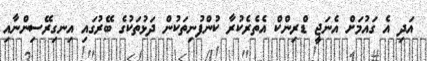
އަދި އެ ގައުމަށް އެނަޖީ ޑްރިންކް އެތެރެކުރާ ކުންފުނިތަކުން ދަޅުތަކުގެ ބޭރުގައި އިނގިރޭސިންނާއި